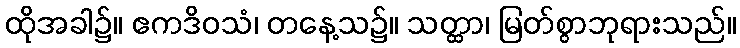
ထိုအခါ၌။ ဧကဒိဝသံ၊ တနေ့သ၌။ သတ္ထာ၊ မြတ်စွာဘုရားသည်။